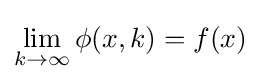
\lim _{k\rightarrow \infty }\phi (x,k)=f(x)